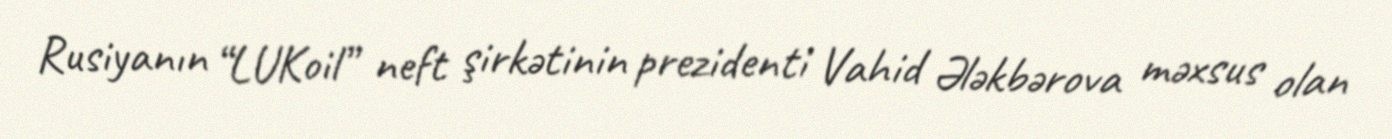
Rusiyanın “LUKoil” neft şirkətinin prezidenti Vahid Ələkbərova məxsus olan